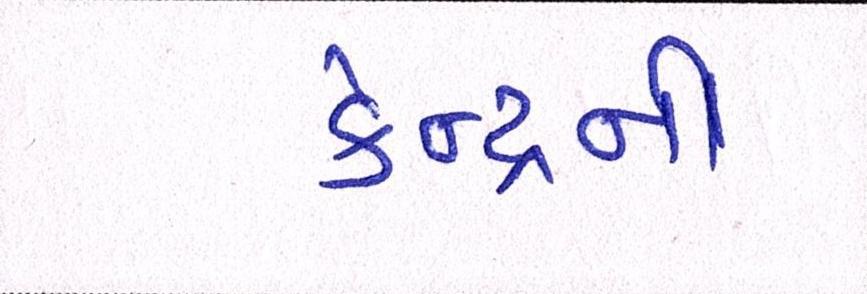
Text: કેન્દ્રનાં